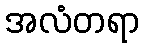
အလံတရာ